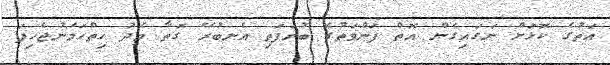
އަތުގެ ކޮޅަށް ނަގައިގެން އޮތް ފަންވަތުގެ ބުރަފަތި އެނބުރޭ ގޮތާ މެދު ހިތްހަމަނުޖެހިފަ